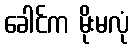
ခေါင်က မိုးမလုံ